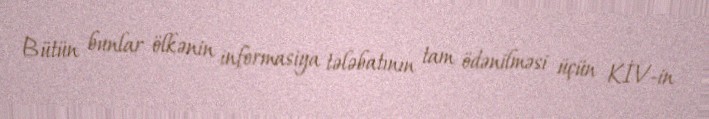
Bütün bunlar ölkənin informasiya tələbatının tam ödənilməsi üçün KİV-in